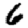
Digit: 6